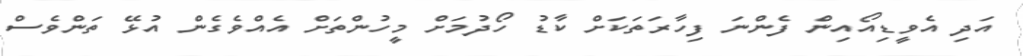
އަދި އެވީޑިއޯއިން ފެންނަ ފިހާރަތަކަށް ކާޑު ހޯދުމަށް މީހުންތަށް އެއްވެގެން އުޅޭ ތަންވެސް